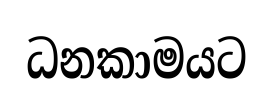
ධනකාමයට